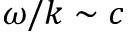
\omega / k \sim c